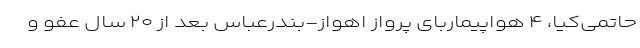
حاتمی‌کیا، ۴ هواپیماربای پرواز اهواز-بندرعباس بعد از ۲۰ سال عفو و